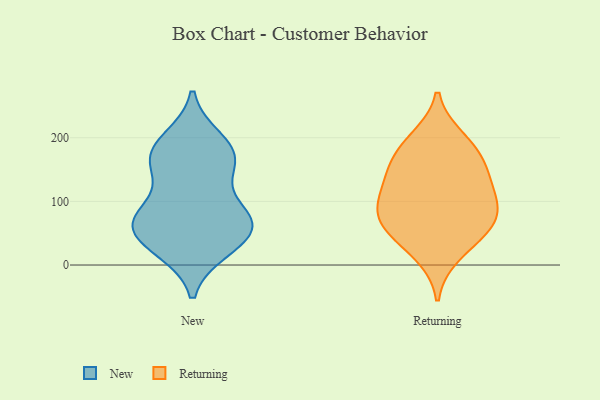
{"axis": {"x": "Energy Usage (MWh)", "y": "Value"}, "legend": ["New", "Returning"], "data": [{"x": "", "y": 65, "type": "New"}, {"x": "", "y": 156, "type": "New"}, {"x": "", "y": 197, "type": "New"}, {"x": "", "y": 36, "type": "New"}, {"x": "", "y": 78, "type": "New"}, {"x": "", "y": 67, "type": "New"}, {"x": "", "y": 28, "type": "New"}, {"x": "", "y": 24, "type": "New"}, {"x": "", "y": 168, "type": "New"}, {"x": "", "y": 62, "type": "New"}, {"x": "", "y": 73, "type": "New"}, {"x": "", "y": 82, "type": "New"}, {"x": "", "y": 189, "type": "New"}, {"x": "", "y": 146, "type": "New"}, {"x": "", "y": 171, "type": "New"}, {"x": "", "y": 50, "type": "Returning"}, {"x": "", "y": 16, "type": "Returning"}, {"x": "", "y": 99, "type": "Returning"}, {"x": "", "y": 93, "type": "Returning"}, {"x": "", "y": 52, "type": "Returning"}, {"x": "", "y": 75, "type": "Returning"}, {"x": "", "y": 118, "type": "Returning"}, {"x": "", "y": 152, "type": "Returning"}, {"x": "", "y": 199, "type": "Returning"}, {"x": "", "y": 188, "type": "Returning"}, {"x": "", "y": 163, "type": "Returning"}, {"x": "", "y": 138, "type": "Returning"}, {"x": "", "y": 73, "type": "Returning"}]}